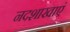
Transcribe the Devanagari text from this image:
नदशाखाएं